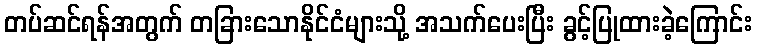
တပ်ဆင်ရန်အတွက် တခြားသောနိုင်ငံများသို့ အသက်ပေးပြီး ခွင့်ပြုထားခဲ့ကြောင်း